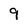
Character: 9